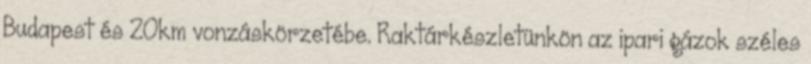
Budapest és 20km vonzáskörzetébe. Raktárkészletünkön az ipari gázok széles